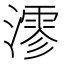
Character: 𤀍